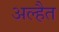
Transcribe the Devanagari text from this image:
अल्हैत